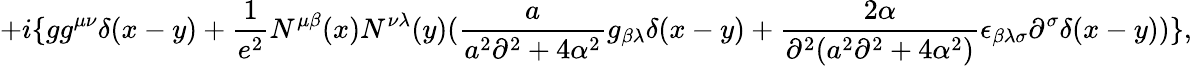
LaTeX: +i\{ gg^{\mu\nu}\delta(x-y)+{\frac{1}{e^{2}}}N^{\mu\beta}(x)N^{\nu\lambda}(y)({\frac{a}{a^{2}\partial^{2}+4\alpha^{2}}}g_{\beta\lambda}\delta(x-y)+{\frac{2\alpha}{\partial^{2}(a^{2}\partial^{2}+4\alpha^{2})}}\epsilon_{\beta\lambda\sigma}\partial^{\sigma}\delta(x-y))\} ,